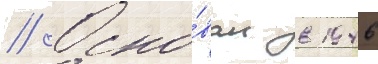
// Осно́ван в 1946